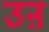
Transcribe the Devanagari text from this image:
उऩ